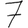
Digit: 7